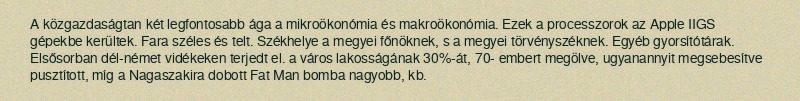
A közgazdaságtan két legfontosabb ága a mikroökonómia és makroökonómia. Ezek a processzorok az Apple IIGS gépekbe kerültek. Fara széles és telt. Székhelye a megyei főnöknek, s a megyei törvényszéknek. Egyéb gyorsítótárak. Elsősorban dél-német vidékeken terjedt el. a város lakosságának 30%-át, 70- embert megölve, ugyanannyit megsebesítve pusztított, míg a Nagaszakira dobott Fat Man bomba nagyobb, kb.